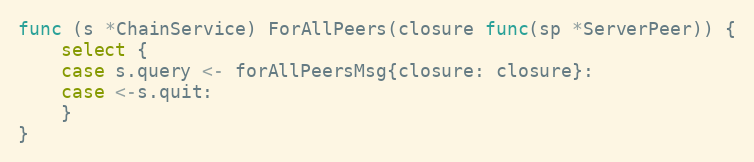
Language: Go
func (s *ChainService) ForAllPeers(closure func(sp *ServerPeer)) {
	select {
	case s.query <- forAllPeersMsg{closure: closure}:
	case <-s.quit:
	}
}